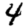
Digit: 4